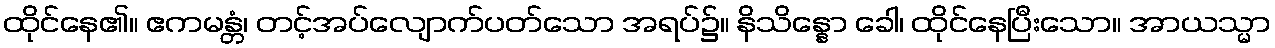
ထိုင်နေ၏။ ဧကမန္တံ၊ တင့်အပ်လျောက်ပတ်သော အရပ်၌။ နိသိန္နော ခေါ၊ ထိုင်နေပြီးသော။ အာယသ္မာ